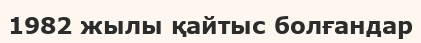
1982 жылы қайтыс болғандар